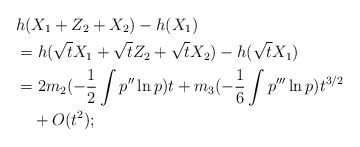
\begin{align*}&h(X_1+Z_2+X_2)-h(X_1)\\&=h(\sqrt{t}X_1+\sqrt{t}Z_2+\sqrt{t}X_2)-h(\sqrt{t}X_1)\\&=2m_2(-\frac1{2}\int p''\ln p)t+m_3(-\frac1{6}\int p'''\ln p)t^{3/2}\\&\quad+O(t^2);\end{align*}